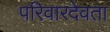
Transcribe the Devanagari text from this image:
परिवारदेवता